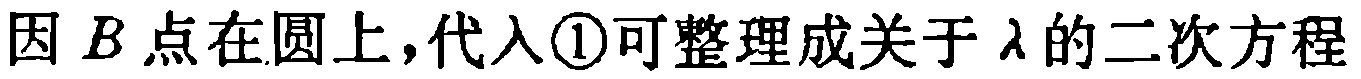
因 \(B\) 点在圆上，代入\textcircled{1}可整理成关于 \(\lambda\) 的二次方程